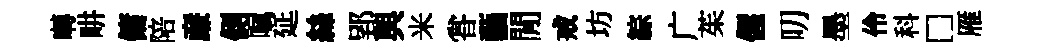
囀畊傭陪亷側嘱延絲郢與米甞藝閒戒坊綜广茱偓叨墨伶科□雁